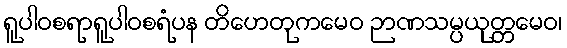
ရူပါဝစရာရူပါဝစရံပန တိဟေတုကမေဝ ဉာဏသမ္ပယုတ္တမေဝ၊